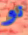
نو